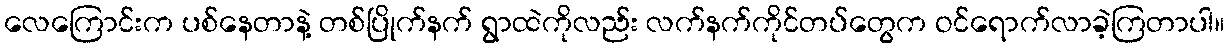
လေကြောင်းက ပစ်နေတာနဲ့ တစ်ပြိုက်နက် ရွာထဲကိုလည်း လက်နက်ကိုင်တပ်တွေက ဝင်ရောက်လာခဲ့ကြတာပါ။